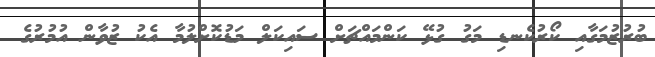
ބުރުޒުމަގާއި ކޯރުކެނޑި މަގު ގުޅޭ ކަންމައްޗަށް ސައިކަލް މަޑުކޮށްލުމާ އެކު ޒުވާން އުމުރުގެ